Annual administration and progress report of the Indian Medical Department, Bombay
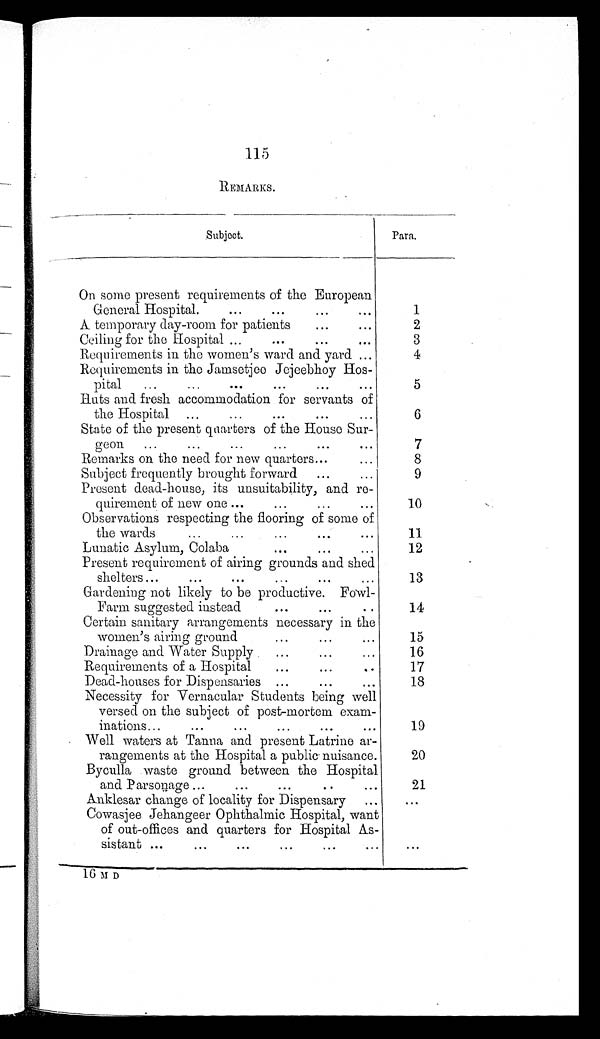
115
REMARKS.
Subject.
Para.
On some present requirements of the European
General Hospital.
...
...
...
...
1
A temporary day-room for patients
...
...
2
Ceiling for the Hospital ...
...
...
. . .
3
Requirements in the women's ward and yard ...
4
Requirements in the Jamsetjee Jejeebhoy Hos
-
pital
...
...
...
...
...
...
5
Huts and fresh accommodation for servants of
the Hospital ...
...
...
...
...
6
State of the present quarters of the House Sur
-
geon
...
...
...
...
...
...
7
Remarks on the need for new quarters...
...
8
Subject frequently brought forward
...
...
9
Present dead-house, its unsuitability, and re
-
quirement of new one ...
...
...
...
10
Observations respecting the flooring of some of
the wards
...
...
...
... ...
1 1
Lunatic Asylum, Colaba
... ...
...
12
Present requirement of airing grounds and shed
shelters...
...
...
...
...
...
13
Gardening not likely to be productive. Fowl
-
Farm suggested instead
...
...
...
14
Certain sanitary arrangements necessary in the
women's airing ground
...
...
...
15
Drainage and Water Supply
...
...
...
16
Requirements of a Hospital
...
...
...
17
Dead-houses for Dispensaries ...
...
...
18
Necessity for Vernacular Students being well
versed on the subject of post-mortem exam-
inations...
...
...
...
...
...
1 9
Well waters at Tanna and present Latrine ar
-
rangements at the Hospital a public nuisance.
20
Byculla waste ground between the Hospital
and Parsonage ...
...
...
... ...
21
Anklesar change of locality for Dispensary ...
. . .
Cowasjee Jehangeer Ophthalmic Hospital, want
of out-offices and quarters for Hospital As
-
sistant ...
...
. . .
16 M D